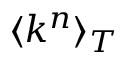
\langle k ^ { n } \rangle _ { T }